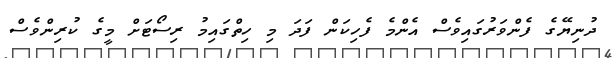
ދުނިޔޭގެ ފެންވަރުގައިވެސް އެންމެ ފެހިކަން ފަދަ މި ހިތްގައިމު ރިސޯޓަށް މީގެ ކުރިންވެސް